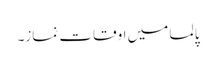
پالما میں اوقات نماز۔